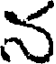
న